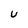
Character: u